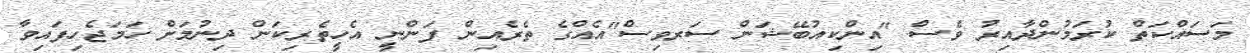
މަސައްކަތް ކުރަމުންދާއިރު ވެސް "އިންކިއުބޭޝަން ސަރވިސް"އެއްގެ ތެރެއިން ފަންނީ އެހީތެރިކަން ދިނުމަށް ހަމަޖެހިފައިވާ